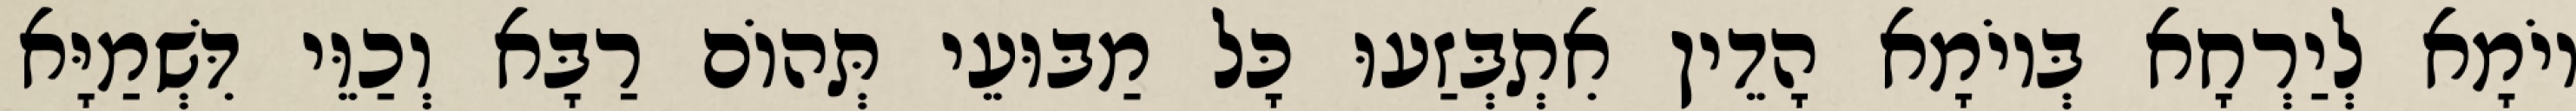
יוֹמָא לְיַרְחָא בְּיוֹמָא הָדֵין אִתְבְּזַעוּ כָּל מַבּוּעֵי תְּהוֹם רַבָּא וְכַוֵּי דִּשְׁמַיָּא